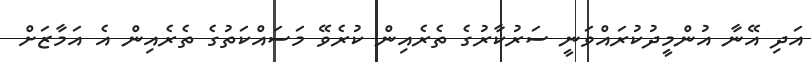
އަދި އޭނާ އުންމީދުކުރައްވަނީ ސަރުކާރުގެ ތެރެއިން ކުރެވޭ މަސައްކަތުގެ ތެރެއިން އެ އަމާޒަށް